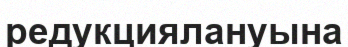
редукциялануына